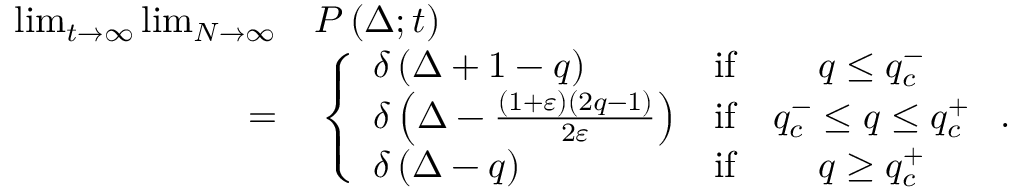
\begin{array} { r l } { \operatorname* { l i m } _ { t \to \infty } \operatorname* { l i m } _ { N \to \infty } } & { { } P \left( \Delta ; t \right) } \\ { = } & { { } \left\{ \begin{array} { l c c } { \delta \left( \Delta + 1 - q \right) } & { \mathrm { i f } } & { q \leq q _ { c } ^ { - } } \\ { \delta \left( \Delta - \frac { \left( 1 + \varepsilon \right) \left( 2 q - 1 \right) } { 2 \varepsilon } \right) } & { \mathrm { i f } } & { q _ { c } ^ { - } \leq q \leq q _ { c } ^ { + } } \\ { \delta \left( \Delta - q \right) } & { \mathrm { i f } } & { q \geq q _ { c } ^ { + } } \end{array} \right. . } \end{array}